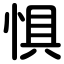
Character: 惧